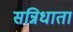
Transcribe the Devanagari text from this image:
सन्निधाता